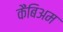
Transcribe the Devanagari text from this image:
कैंबिअम